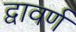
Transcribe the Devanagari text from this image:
द्वावर्ण